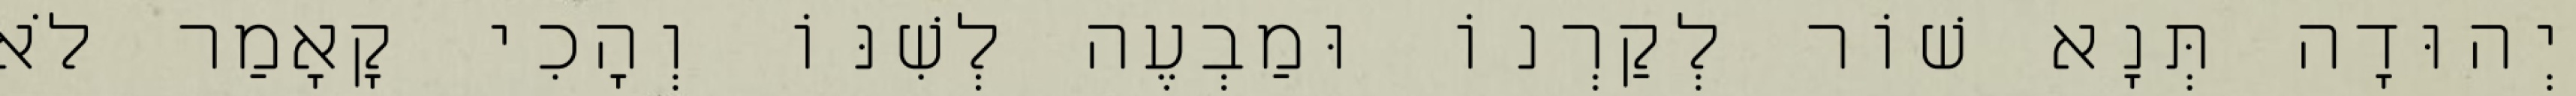
יְהוּדָה תְּנָא שׁוֹר לְקַרְנוֹ וּמַבְעֶה לְשִׁנּוֹ וְהָכִי קָאָמַר לֹא